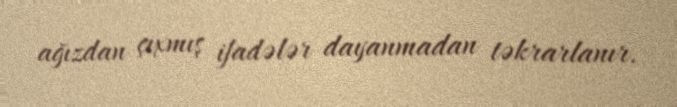
ağızdan çıxmış ifadələr dayanmadan təkrarlanır.